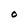
Character: O